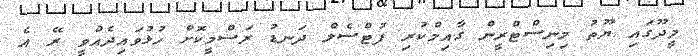
މީދޫގައި ޔޫތު މިނިސްޓްރީން ގާއިމްކުރި ފުޓްސެލް ދަނޑު ރަސްމީކޮށް ހުޅުވައިދެއްވީ ރޭ އެ